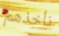
نأخذهم